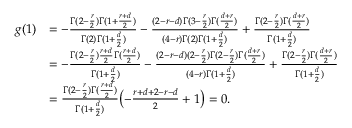
\begin{array} { r l } { g ( 1 ) } & { = - \frac { \Gamma ( 2 - \frac { r } { 2 } ) \Gamma ( 1 + \frac { r + d } { 2 } ) } { \Gamma ( 2 ) \Gamma ( 1 + \frac { d } { 2 } ) } - \frac { ( 2 - r - d ) \Gamma ( 3 - \frac { r } { 2 } ) \Gamma ( \frac { d + r } { 2 } ) } { ( 4 - r ) \Gamma ( 2 ) \Gamma ( 1 + \frac { d } { 2 } ) } + \frac { \Gamma ( 2 - \frac { r } 2 ) \Gamma ( \frac { d + r } { 2 } ) } { \Gamma ( 1 + \frac { d } { 2 } ) } } \\ & { = - \frac { \Gamma ( 2 - \frac { r } { 2 } ) \frac { r + d } { 2 } \Gamma ( \frac { r + d } { 2 } ) } { \Gamma ( 1 + \frac { d } { 2 } ) } - \frac { ( 2 - r - d ) ( 2 - \frac { r } { 2 } ) \Gamma ( 2 - \frac { r } { 2 } ) \Gamma ( \frac { d + r } { 2 } ) } { ( 4 - r ) \Gamma ( 1 + \frac { d } { 2 } ) } + \frac { \Gamma ( 2 - \frac { r } 2 ) \Gamma ( \frac { d + r } { 2 } ) } { \Gamma ( 1 + \frac { d } { 2 } ) } } \\ & { = \frac { \Gamma ( 2 - \frac { r } { 2 } ) \Gamma ( \frac { r + d } { 2 } ) } { \Gamma ( 1 + \frac { d } { 2 } ) } \bigl ( - \frac { r + d + 2 - r - d } { 2 } + 1 \bigr ) = 0 . } \end{array}